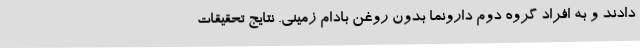
دادند و به افراد گروه دوم دارونما بدون روغن بادام زمینی. نتایج تحقیقات